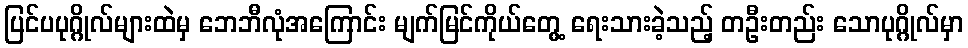
ပြင်ပပုဂ္ဂိုလ်များထဲမှ ဘေဘီလုံအကြောင်း မျက်မြင်ကိုယ်တွေ့ ရေးသားခဲ့သည့် တဦးတည်း သောပုဂ္ဂိုလ်မှာ